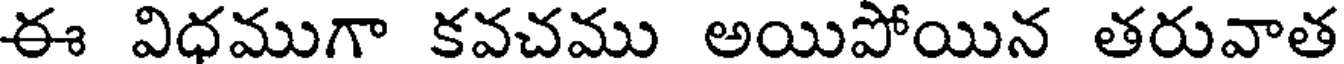
ఈ విధముగా కవచము అయిపోయిన తరువాత